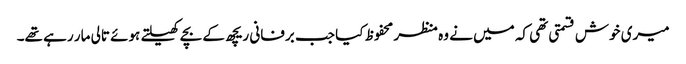
میری خوش قسمتی تھی کہ میں نے وہ منظر محفوظ کیا جب برفانی ریچھ کے بچے کھیلتے ہوئے تالی مار رہے تھے۔